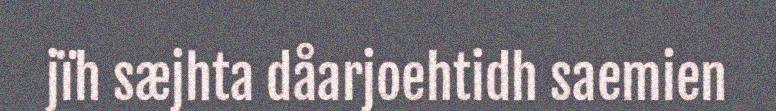
jïh sæjhta dåarjoehtidh saemien